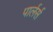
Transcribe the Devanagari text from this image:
पार्लर्स